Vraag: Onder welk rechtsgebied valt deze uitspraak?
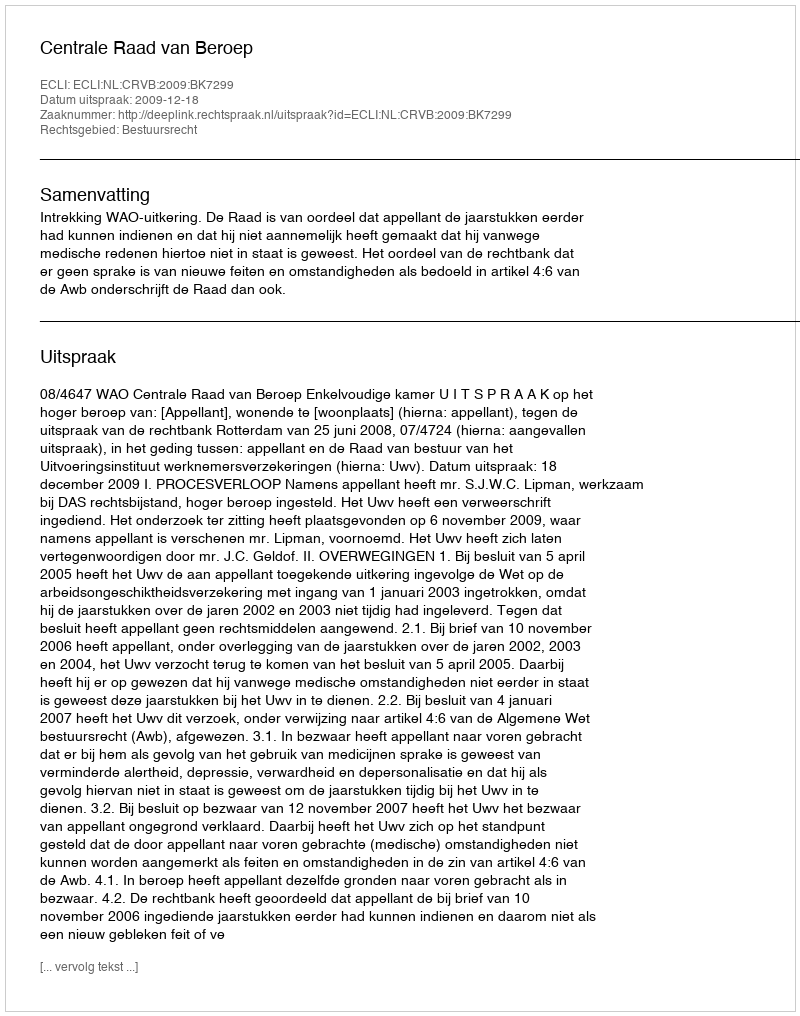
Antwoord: Bestuursrecht